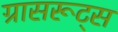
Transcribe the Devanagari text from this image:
ग्रासरूट्स